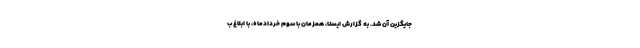
جایگزین آن شد. به گزارش ایسنا، همزمان با سوم خردادماه، با ابلاغ ب